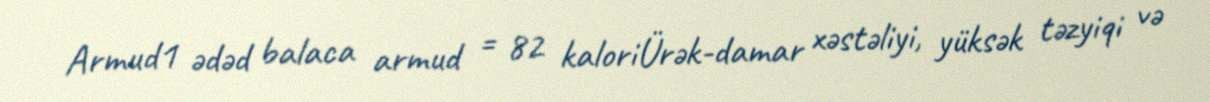
Armud1 ədəd balaca armud = 82 kaloriÜrək-damar xəstəliyi, yüksək təzyiqi və